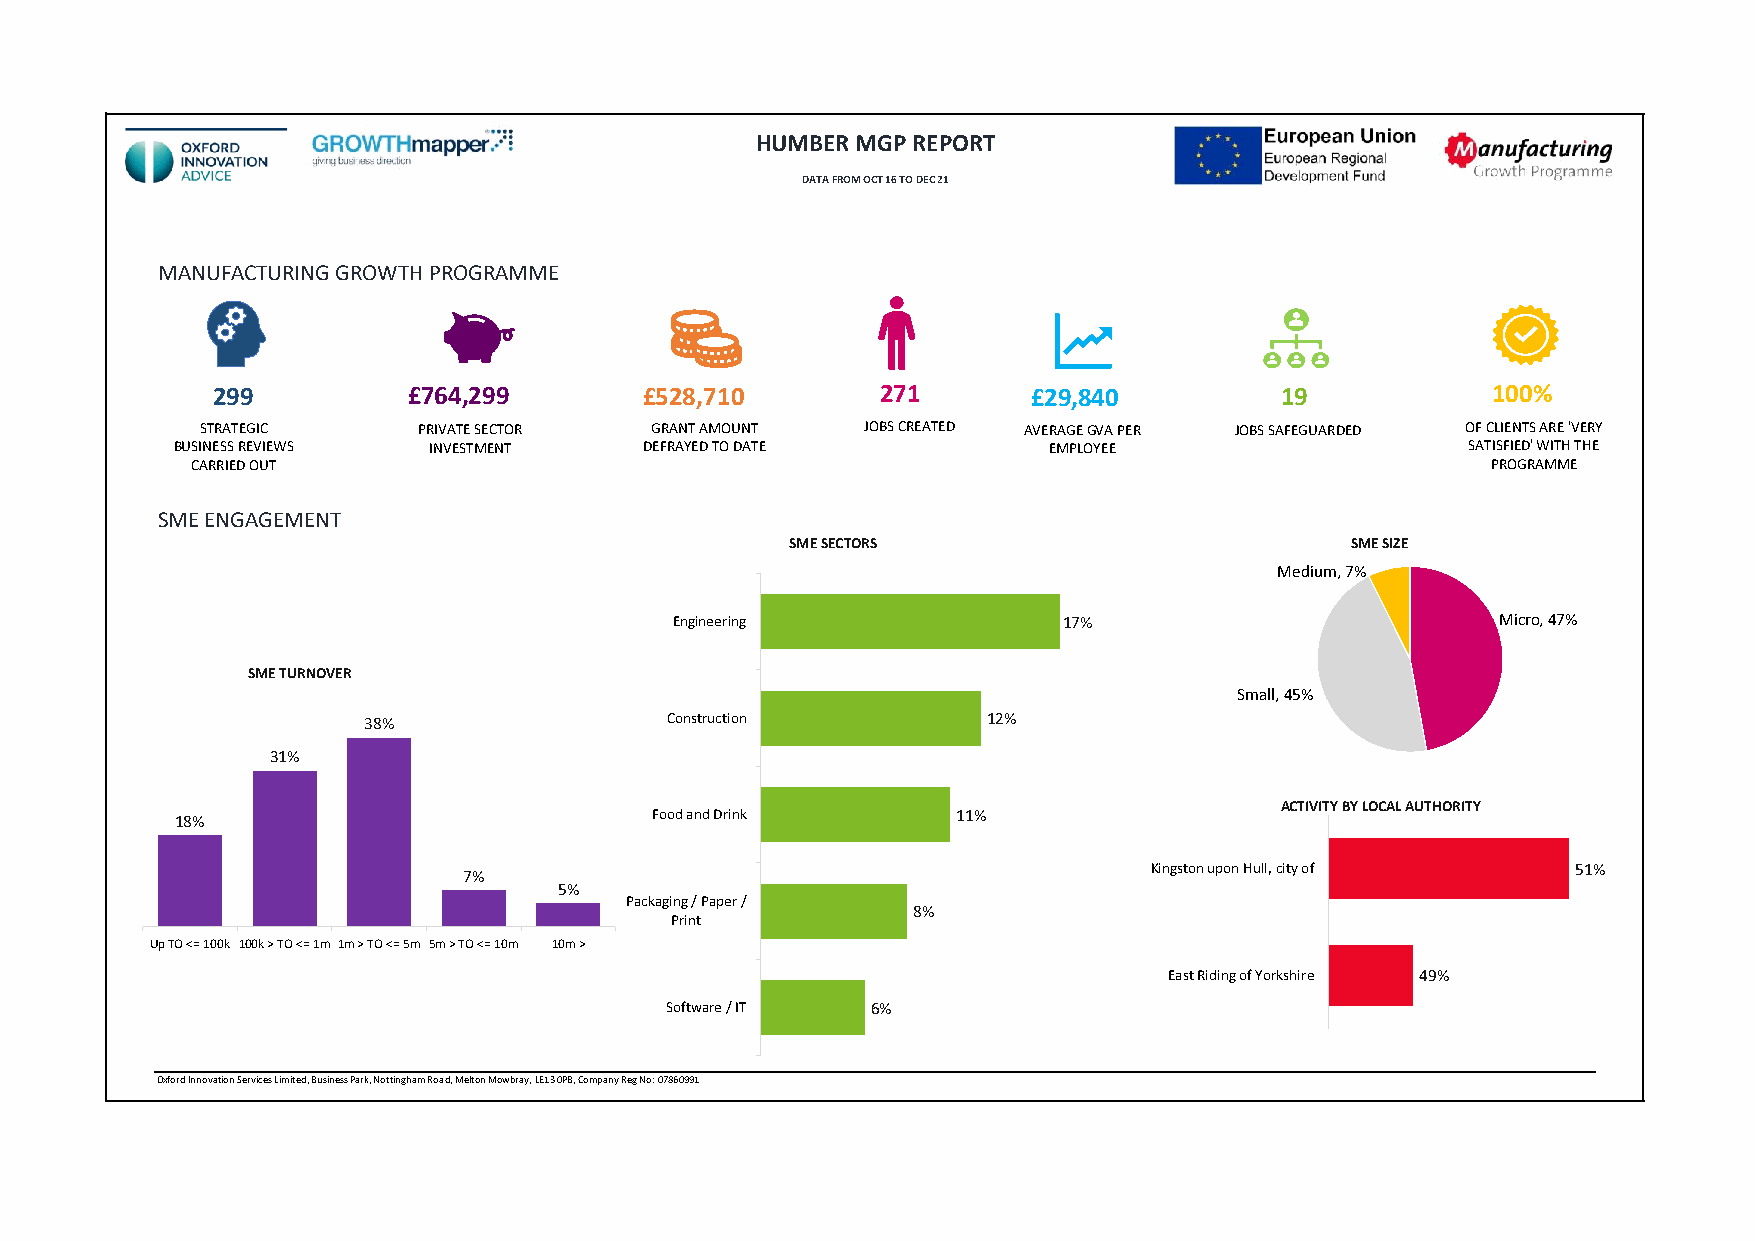
HUMBER MGP REPORT
 DATA FROM OCT 16 TO DEC 21
 MANUFACTURING GROWTH PROGRAMME
 299          £764,299        £528,710       271       £29,840          19            100%
 STRATEGIC      PRIVATE SECTOR GRANTAMOUNT   JOBS CREATED AVERAGEGVA PER JOBS SAFEGUARDED OF CLIENTS ARE 'VERY
 BUSINESS REVIEWS INVESTMENT     DEFRAYED TO DATE          EMPLOYEE                    SATISFIED' WITH THE
 CARRIED OUT                                                                           PROGRAMME
 SME ENGAGEMENT
 SME SECTORS                          SME SIZE
 Medium, 7%
 Engineering              17%                          Micro, 47%
 SME TURNOVER
 Small, 45%
 38%                 Construction         12%
 31%
 ACTIVITY BY LOCAL AUTHORITY
 18%                            Food and Drink      11%
 Kingston upon Hull, city of 51%
 7%
 5%
 Packaging / Paper /
 8%
 Print
 Up TO <= 100k 100k > TO <= 1m 1m > TO <= 5m 5m > TO <= 10m 10m >
 East Riding of Yorkshire 49%
 Software / IT 6%
 Oxford Innovation Services Limited, Business Park, Nottingham Road, Melton Mowbray, LE13 0PB, Company Reg No: 07860991